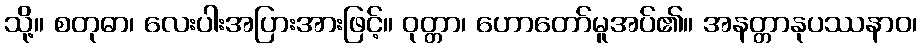
သို့။ စတုဓာ၊ လေးပါးအပြားအားဖြင့်။ ဝုတ္တာ၊ ဟောတော်မူအပ်၏။ အနတ္တာနုပဿနာဝ၊